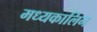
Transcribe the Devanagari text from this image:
मध्यकालिन